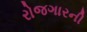
રોજગારની